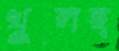
খুলছ